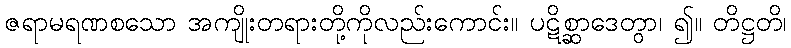
ဇရာမရဏစသော အကျိုးတရားတို့ကိုလည်းကောင်း။ ပဋိစ္ဆာဒေတွာ၊ ၍။ တိဋ္ဌတိ၊